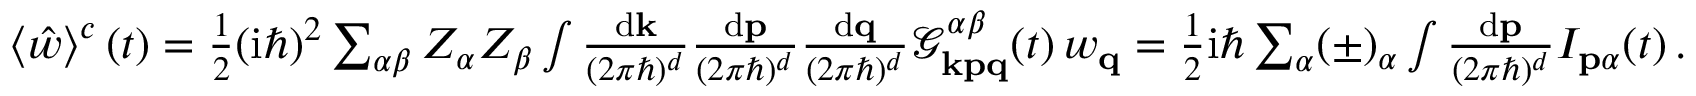
\begin{array} { r } { \left\langle \hat { w } \right\rangle ^ { c } ( t ) = \frac { 1 } { 2 } ( \mathrm { i } \hbar ) ^ { 2 } \sum _ { \alpha \beta } Z _ { \alpha } Z _ { \beta } \int \frac { \mathrm { d } \mathbf { k } } { ( 2 \pi \hbar ) ^ { d } } \frac { \mathrm { d } \mathbf { p } } { ( 2 \pi \hbar ) ^ { d } } \frac { \mathrm { d } \mathbf { q } } { ( 2 \pi \hbar ) ^ { d } } \mathcal { G } _ { \mathbf { k p q } } ^ { \alpha \beta } ( t ) \, w _ { \mathbf { q } } = \frac { 1 } { 2 } \mathrm { i } \hbar \sum _ { \alpha } ( \pm ) _ { \alpha } \int \frac { \mathrm { d } \mathbf { p } } { ( 2 \pi \hbar ) ^ { d } } I _ { \mathbf { p } \alpha } ( t ) \, . } \end{array}